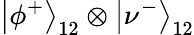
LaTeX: \left|\phi^{+}\right\rangle_{12}\otimes\left|\nu^{-}\right\rangle_{12}